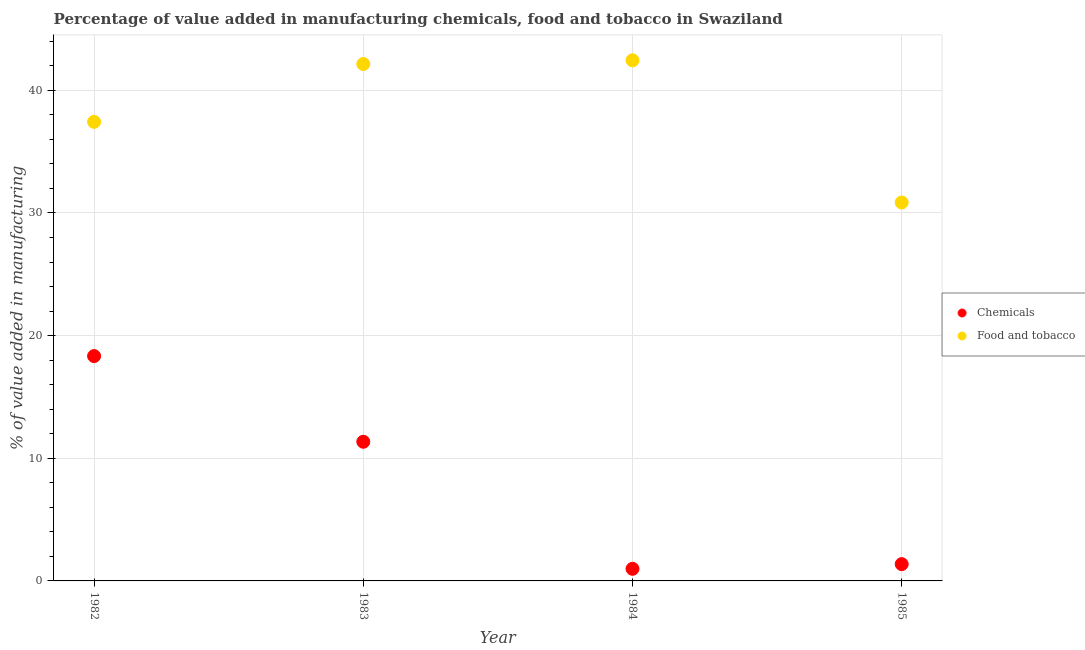
| Year | Chemicals | Food and tobacco |
 | --- | --- | --- |
 | 1982 | 18.3 | 37.4 |
 | 1983 | 11.3 | 42.1 |
 | 1984 | 0.987 | 42.4 |
 | 1985 | 1.37 | 30.9 |